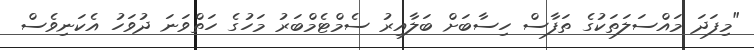
"މިފަދަ މައްސަލަތަކުގެ ތަފާސް ހިސާބަށް ބަލާއިރު ސެމްޓެމްބަރު މަހުގެ ހަތްވަނަ ދުވަހު އެކަނިވެސް